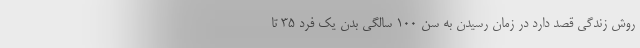
روش زندگی قصد دارد در زمان رسیدن به سن ۱۰۰ سالگی بدن یک فرد ۳۵ تا